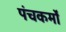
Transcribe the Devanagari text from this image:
पंचकर्मों